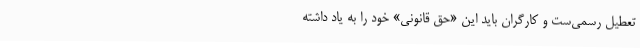
تعطیل رسمی‌ست و کارگران باید این «حق قانونی» خود را به یاد داشته